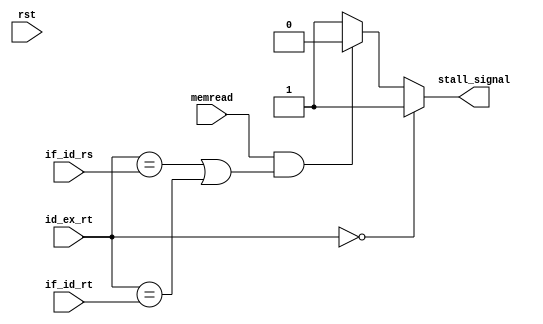
`timescale 1ns / 1ps
//////////////////////////////////////////////////////////////////////////////////
// Company: 
// Engineer: 
// 
// Design Name: 
// Module Name: stall_unit
// Project Name: 
// Target Devices: 
// Tool Versions: 
// Description: 
// 
// Dependencies: 
// 
// Revision:
// Revision 0.01 - File Created
// Additional Comments:
// 
//////////////////////////////////////////////////////////////////////////////////


module stall_unit(input rst,input memread, input[4:0]id_ex_rt,input[4:0]if_id_rs,input[4:0]if_id_rt ,output reg stall_signal);
//assign stall_signal= ((memread==1)&((id_ex_rt==if_id_rs)|(id_ex_rt==if_id_rt)))?0:1;
always@(*)
begin
if(rst)
begin
stall_signal=1'b1;
//control_stall=1'b1;
end
if(id_ex_rt==5'b0)
stall_signal=1;

else if((memread==1)&((id_ex_rt==if_id_rs)|(id_ex_rt==if_id_rt)))
begin
//control_stall=1'b0;
stall_signal=1'b0;

end
else
stall_signal=1'b1;
//control_stall=1'b1;
end
endmodule